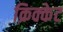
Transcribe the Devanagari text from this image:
क्रिक्केट